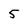
Character: 5